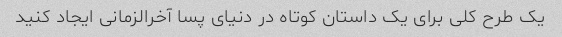
یک طرح کلی برای یک داستان کوتاه در دنیای پسا آخرالزمانی ایجاد کنید